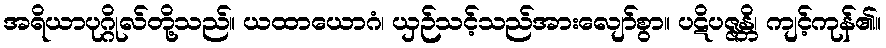
အရိယာပုဂ္ဂိုလ်တို့သည်။ ယထာယောဂံ၊ ယှဉ်သင့်သည်အားလျော်စွာ။ ပဋိပဇ္ဇန္တိ၊ ကျင့်ကုန်၏။